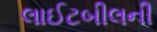
લાઈટબીલની